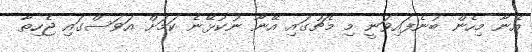
އޭނާ މިހެން ބުނެފައިވަނީ މި މެޗުގައި އޭނާ ނުކުޅޭނެ ކަމަށް އަވަސްގައި ޖެހިތާ